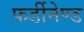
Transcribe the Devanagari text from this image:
फर्डीनेण्ड